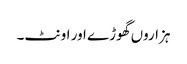
ہزاروں گھوڑے اور اونٹ۔